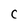
Character: C